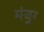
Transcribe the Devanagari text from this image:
मंजूुर